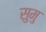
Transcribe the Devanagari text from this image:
सुमु